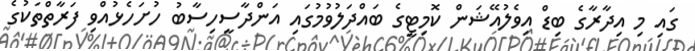
ގައި މި އިދާރާގެ ބިޑް އިވެލުއޭޝަން ކޮމިޓީގެ ބައްދަލުވުމުގައި އަންދާސީހިސާބު ހުށަހެޅުއްވި ފަރާތްތަކުގެ